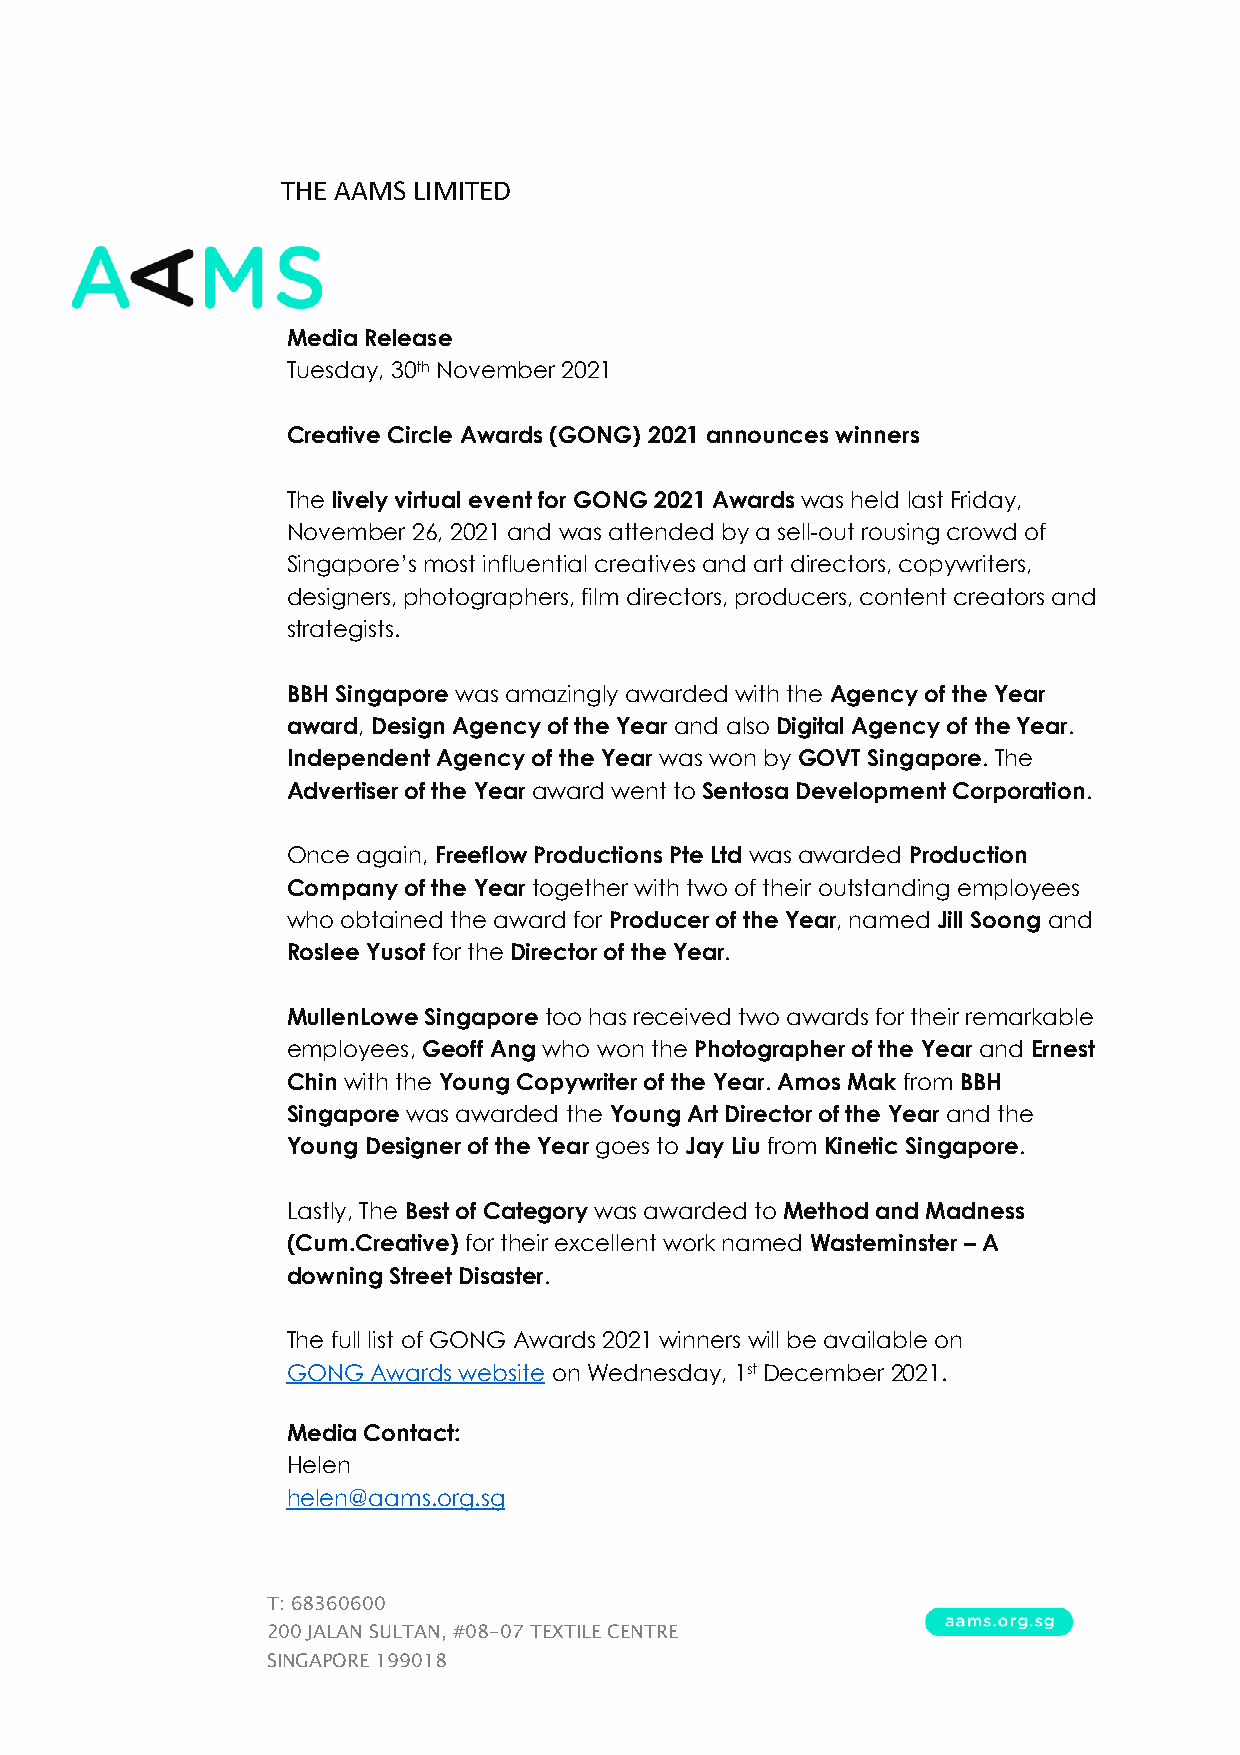
THE AAMS LIMITED
 Media Release
 Tuesday, 30th November 2021
 Creative Circle Awards (GONG) 2021 announces winners
 The lively virtual event for GONG 2021 Awards was held last Friday,
 November 26, 2021 and was attended by a sell-out rousing crowd of
 Singapore’s most influential creatives and art directors, copywriters,
 designers, photographers, film directors, producers, content creators and
 strategists.
 BBH Singapore was amazingly awarded with the Agency of the Year
 award, Design Agency of the Year and also Digital Agency of the Year.
 Independent Agency of the Year was won by GOVT Singapore. The
 Advertiser of the Year award went to Sentosa Development Corporation.
 Once again, Freeflow Productions Pte Ltd was awarded Production
 Company of the Year together with two of their outstanding employees
 who obtained the award for Producer of the Year, named Jill Soong and
 Roslee Yusof for the Director of the Year.
 MullenLowe Singapore too has received two awards for their remarkable
 employees, Geoff Ang who won the Photographer of the Year and Ernest
 Chin with the Young Copywriter of the Year. Amos Mak from BBH
 Singapore was awarded the Young Art Director of the Year and the
 Young Designer of the Year goes to Jay Liu from Kinetic Singapore.
 Lastly, The Best of Category was awarded to Method and Madness
 (Cum.Creative) for their excellent work named Wasteminster – A
 downing Street Disaster.
 The full list of GONG Awards 2021 winners will be available on
 GONG  Awards website on Wednesday, 1st December 2021.
 Media Contact:
 Helen
 helen@aams.org.sg
 T: 68360600
 200 JALAN SULTAN, #08-07 TEXTILE CENTRE
 SINGAPORE 199018